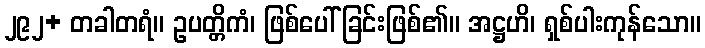
၂၉၂+ တခါတရံ။ ဥပတ္တိကံ၊ ဖြစ်ပေါ်ခြင်းဖြစ်၏။ အဋ္ဌဟိ၊ ရှစ်ပါးကုန်သော။